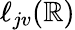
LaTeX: \ell_{jv}(\mathbb{R})